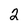
Character: 2